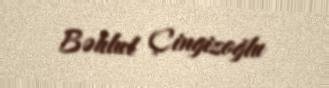
Bəhlul Çingizoğlu